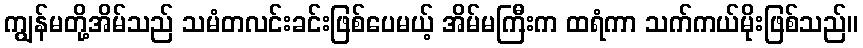
ကျွန်မတို့အိမ်သည် သမံတလင်းခင်းဖြစ်ပေမယ့် အိမ်မကြီးက ထရံကာ သက်ကယ်မိုးဖြစ်သည်။